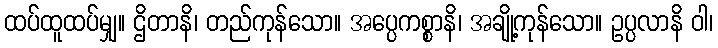
ထပ်ထူထပ်မျှ။ ဌိတာနိ၊ တည်ကုန်သော။ အပ္ပေကစ္စာနိ၊ အချို့ကုန်သော။ ဥပ္ပလာနိ ဝါ၊